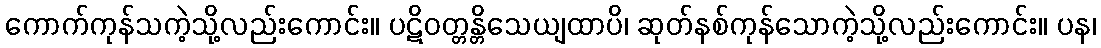
ကောက်ကုန်သကဲ့သို့လည်းကောင်း။ ပဋိဝတ္တန္တိသေယျထာပိ၊ ဆုတ်နစ်ကုန်သောကဲ့သို့လည်းကောင်း။ ပန၊